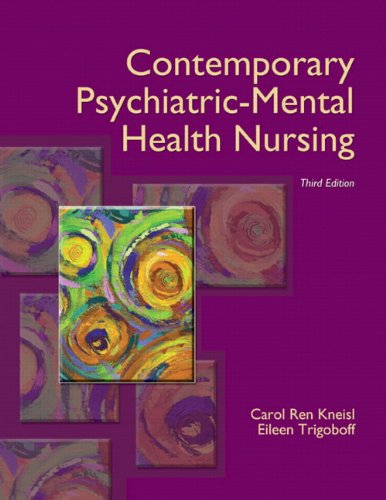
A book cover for Contemporary Psychiatric-Mental Health Nursing (3rd Edition); Carol Ren Kneisl; Medical Books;